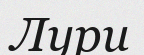
Лури